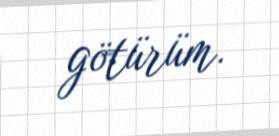
götürüm.